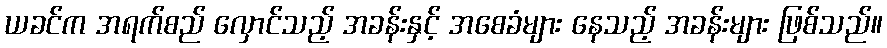
ယခင်က အရက်စည် လှောင်သည့် အခန်းနှင့် အစေခံများ နေသည့် အခန်းများ ဖြစ်သည်။